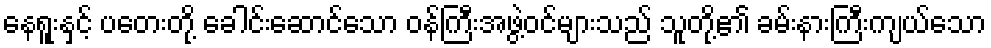
နေရူးနှင့် ပတေးတို့ ခေါင်းဆောင်သော ဝန်ကြီးအဖွဲ့ဝင်များသည် သူတို့၏ ခမ်းနားကြီးကျယ်သော